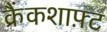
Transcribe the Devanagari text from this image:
क्रैंकशाफ़्ट